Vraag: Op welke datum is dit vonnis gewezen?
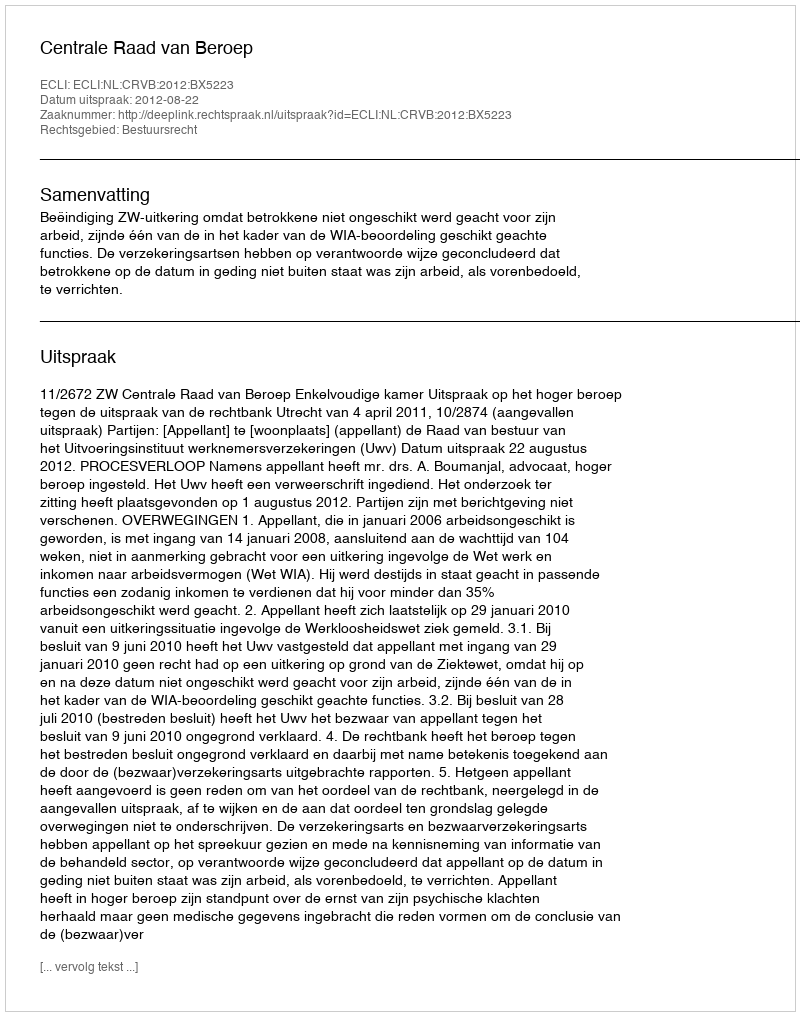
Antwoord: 2012-08-22